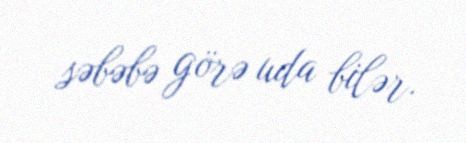
səbəbə görə uda bilər.